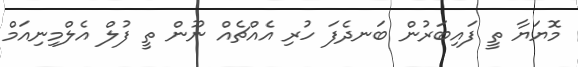
މޮޔަޔާ ތީ ފައިބަރުން ބަނދެފަ ހުރި އެއްޗެއް ނޫން ތީ ފުލް އެލްމިނިއަމް